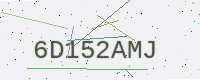
Text: 6D152AMJ